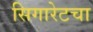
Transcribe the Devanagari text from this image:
सिगारेटचा